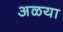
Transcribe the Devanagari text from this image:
अळया